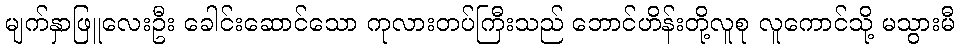
မျက်နှာဖြူလေးဦး ခေါင်းဆောင်သော ကုလားတပ်ကြီးသည် ဘောင်ဟိန်းတို့လူစု လူကောင်သို့ မသွားမီ